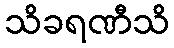
သိခရဏီသိ